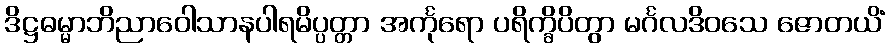
ဒိဋ္ဌဓမ္မာဘိညာဝေါသာနပါရမိပ္ပတ္တာ အင်္ကုရော ပရိက္ခိပိတွာ မင်္ဂလဒိဝသေ ဇောတယိံ